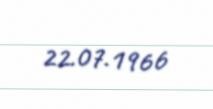
22.07.1966